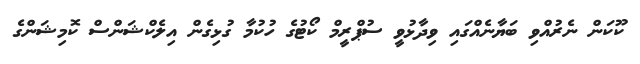
ކޫކަން ނެރުއްވި ބަޔާނެއްގައި ވިދާޅުވީ ސުޕްރީމް ކޯޓުގެ ހުކުމާ ގުޅިގެން އިލެކްޝަންސް ކޮމިޝަންގެ